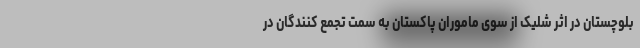
بلوچستان در اثر شلیک از سوی ماموران پاکستان به سمت تجمع کنندگان در